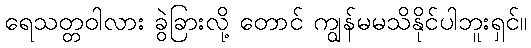
ရေသတ္တဝါလား ခွဲခြားလို့ တောင် ကျွန်မမသိနိုင်ပါဘူးရှင်။